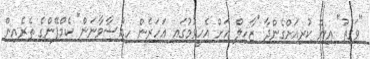
"ވަގުތު" އިން ކުރިއަށްގެންދާ "ޒާހިލް އަށް އެހީވުމުގައި އަހަރެން ހިއްސާވާނަން" ކެމްޕޭންގެ ތެރެއިން